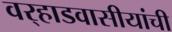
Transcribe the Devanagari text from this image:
वर्‍हाडवासीयांची